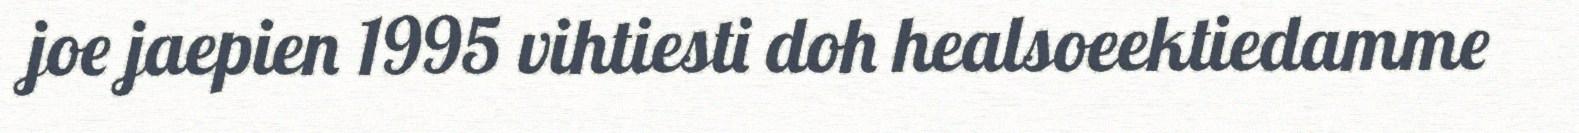
joe jaepien 1995 vihtiesti doh healsoeektiedamme